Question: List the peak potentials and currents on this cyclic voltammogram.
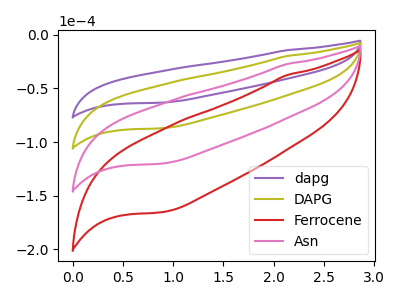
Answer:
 <answer>The purple curve "dapg" has no peaks. The olive curve "DAPG" has no peaks. The red curve "Ferrocene" has no peaks. The pink curve "Asn" has no peaks.</answer>
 <eval></eval>